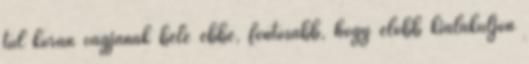
túl korán vágjanak bele ebbe, fontosabb, hogy előbb kialakuljon